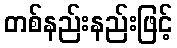
တစ်နည်းနည်းဖြင့်